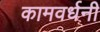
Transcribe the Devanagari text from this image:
कामवर्धनी